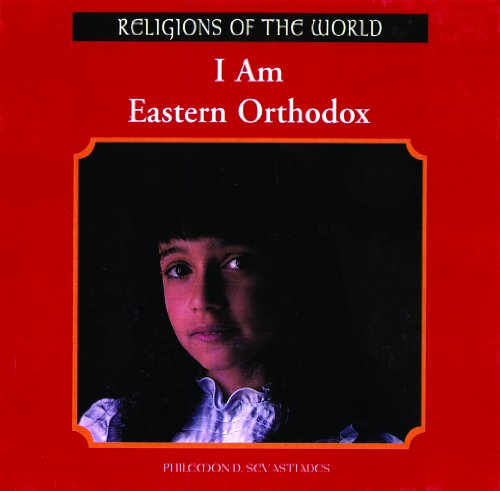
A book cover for I Am Eastern Orthodox (Religions of the World (Rosen)); Philemon Sevastiades; Children's Books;